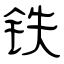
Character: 铁